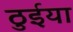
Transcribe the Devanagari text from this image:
ठुईया